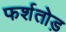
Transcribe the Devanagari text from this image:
फर्शतोड़